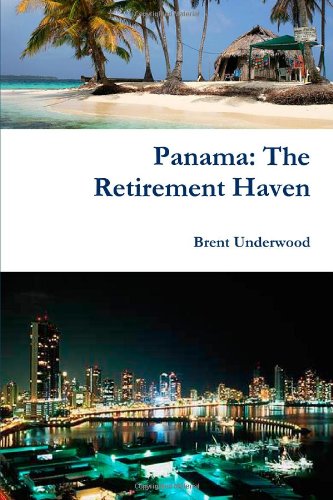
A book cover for Panama: The Retirement Haven; Brent Underwood; Travel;